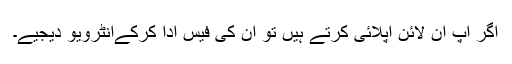
اگر آپ آن لائن اپلائی کرتے ہیں تو ان کی فیس ادا کرکےانٹرویو دیجیے۔